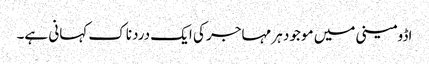
اڈومینی میں موجود ہر مہاجر کی ایک دردناک کہانی ہے۔